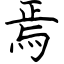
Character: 焉